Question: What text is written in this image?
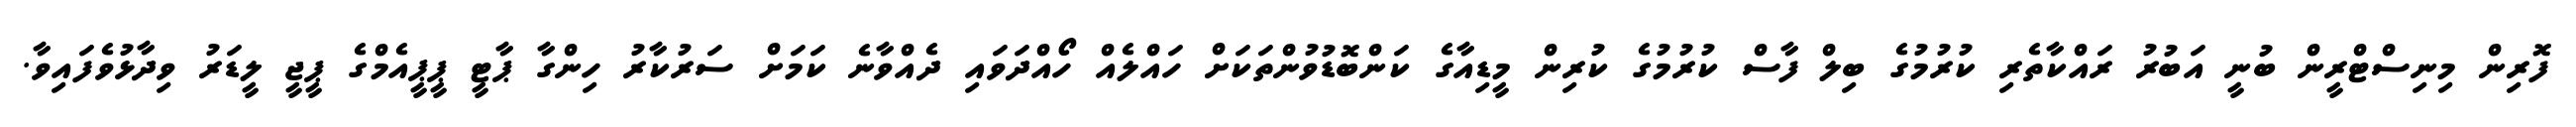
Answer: ފޮރިން މިނިސްޓްރީން ބުނީ އަބުރު ރައްކާތެރި ކުރުމުގެ ބިލް ފާސް ކުރުމުގެ ކުރިން މީޑިއާގެ ކަންބޮޑުވުންތަކަށް ހައްލެއް ހޯއްދަވައި ދެއްވާނެ ކަމަށް ސަރުކާރު ހިންގާ ޕާޓީ ޕީޕީއެމްގެ ޕީޖީ ލީޑަރު ވިދާޅުވެފައިވާ.